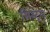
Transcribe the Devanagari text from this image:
मिंस्ट्रेल